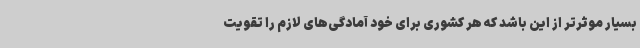
بسیار موثرتر از این باشد که هر کشوری برای خود آمادگی‌های لازم را تقویت